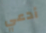
أدعي